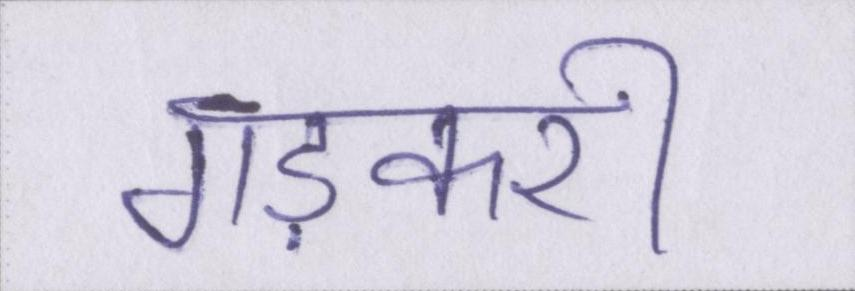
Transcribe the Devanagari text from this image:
गड़करी